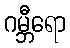
ဂမ္ဘီရော